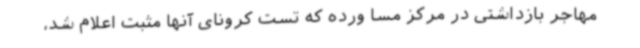
مهاجر بازداشتی در مرکز مسا ورده که تست کرونای آنها مثبت اعلام شد،